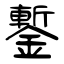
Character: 鏨